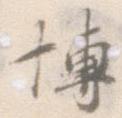
博